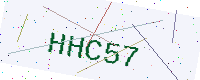
Text: HHC57